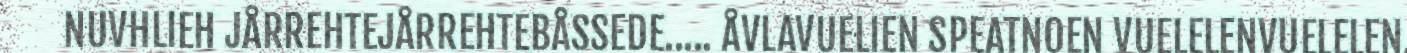
NUVHLIEH JÅRREHTEJÅRREHTEBÅSSEDE..... ÅVLAVUELIEN SPEATNOEN VUELELENVUELELEN,